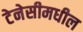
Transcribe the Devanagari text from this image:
टेनेसीमधील